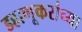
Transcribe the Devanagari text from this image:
डहाणूकरांच्या